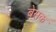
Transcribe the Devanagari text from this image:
बेसक